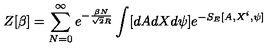
Z [ \beta ] = \sum _ { N = 0 } ^ { \infty } e ^ { - \frac { \beta N } { \sqrt { 2 } R } } \int [ d A d X d \psi ] e ^ { - S _ { E } [ A , X ^ { i } , \psi ] }